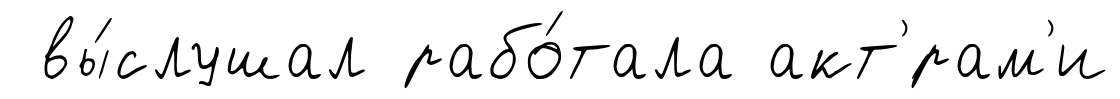
вы́слушал рабо́тала акт'́рам'и